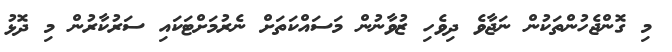
މި ގޮންޖެހުންތަކުން ނަޖާވެ ދިވެހި ޒުވާނުން މަސައްކަތަށް ނެރުމަށްޓަކައި ސަރުކާރުން މި ދޮޅު